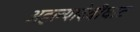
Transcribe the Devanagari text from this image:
अहल्यादेवीघाट